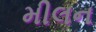
મીલન